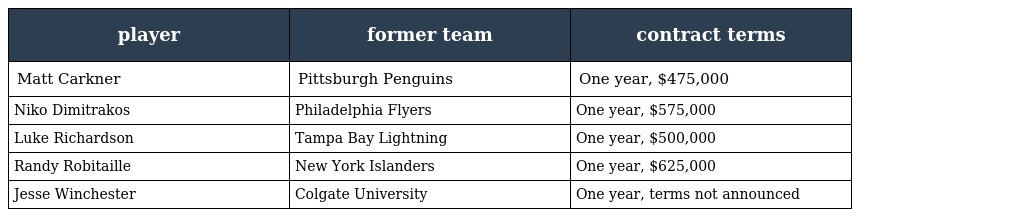
| player | former team | contract terms |
 | --- | --- | --- |
 | Matt Carkner | Pittsburgh Penguins | One year, $475,000 |
 | Niko Dimitrakos | Philadelphia Flyers | One year, $575,000 |
 | Luke Richardson | Tampa Bay Lightning | One year, $500,000 |
 | Randy Robitaille | New York Islanders | One year, $625,000 |
 | Jesse Winchester | Colgate University | One year, terms not announced |